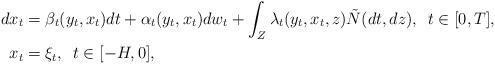
LaTeX: \begin{align*} dx_t &= \beta_t(y_t, x_t)dt +\alpha_t(y_t, x_t)dw_t + \int_{Z} \lambda_t(y_{t},x_{t},z)\tilde N(dt,dz), \,\,\, t \in [0,T], \\x_t& = \xi_t, \,\,\, t \in [-H, 0 ],\end{align*}